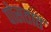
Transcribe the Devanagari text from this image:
पोसतात